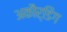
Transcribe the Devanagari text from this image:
अकौर्डिंग